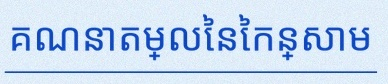
គណនាតម្លៃនៃកន្សោម